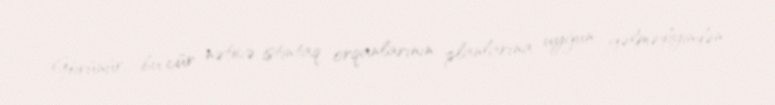
Görünür, bu cür nəticə istintaq orqanlarının planlarına uyğun gəlmədiyindən